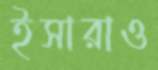
ইসারাও